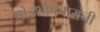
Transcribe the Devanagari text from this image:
षोडशोपचारांनी